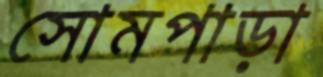
সোমপাড়া